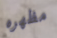
مظهره